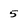
Character: 5